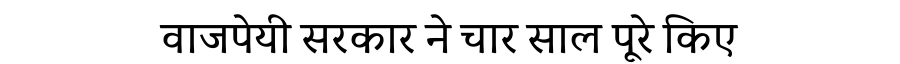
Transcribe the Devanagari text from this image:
वाजपेयी सरकार ने चार साल पूरे किए